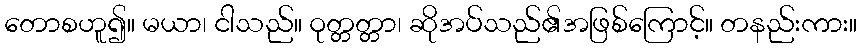
တောစဟူ၍။ မယာ၊ ငါသည်။ ဝုတ္တတ္တာ၊ ဆိုအပ်သည်၏အဖြစ်ကြောင့်။ တနည်းကား။